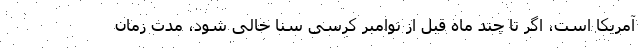
آمریکا است، اگر تا چند ماه قبل از نوامبر کرسی سنا خالی شود، مدت زمان